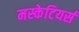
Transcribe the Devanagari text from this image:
मस्केटियर्स